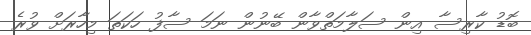
ބޮޑު ކާރިސާ އިން ސަލާމަތްވާން ބޭނުން ނަމަ ސާފު ހަކަތަ މިހާރަށް ވުރެ